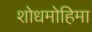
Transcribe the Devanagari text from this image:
शोधमोहिमा